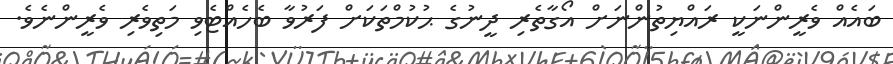
ބައެއް ވެރީންނަކީ ރައްޔިތުންނަށް އޯގާތެރި ދީނުގެ ޙުކުމްތަކަށް ފަރުވާ ބެހެއްޓެވި މަތިވެރި ވެރީންނެވެ.